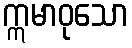
ဣမာဝုသော